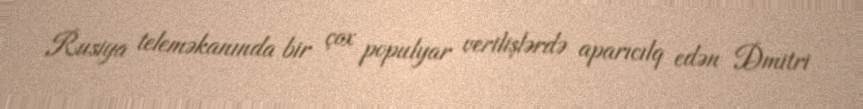
Rusiya teleməkanında bir çox populyar verilişlərdə aparıcılq edən Dmitri